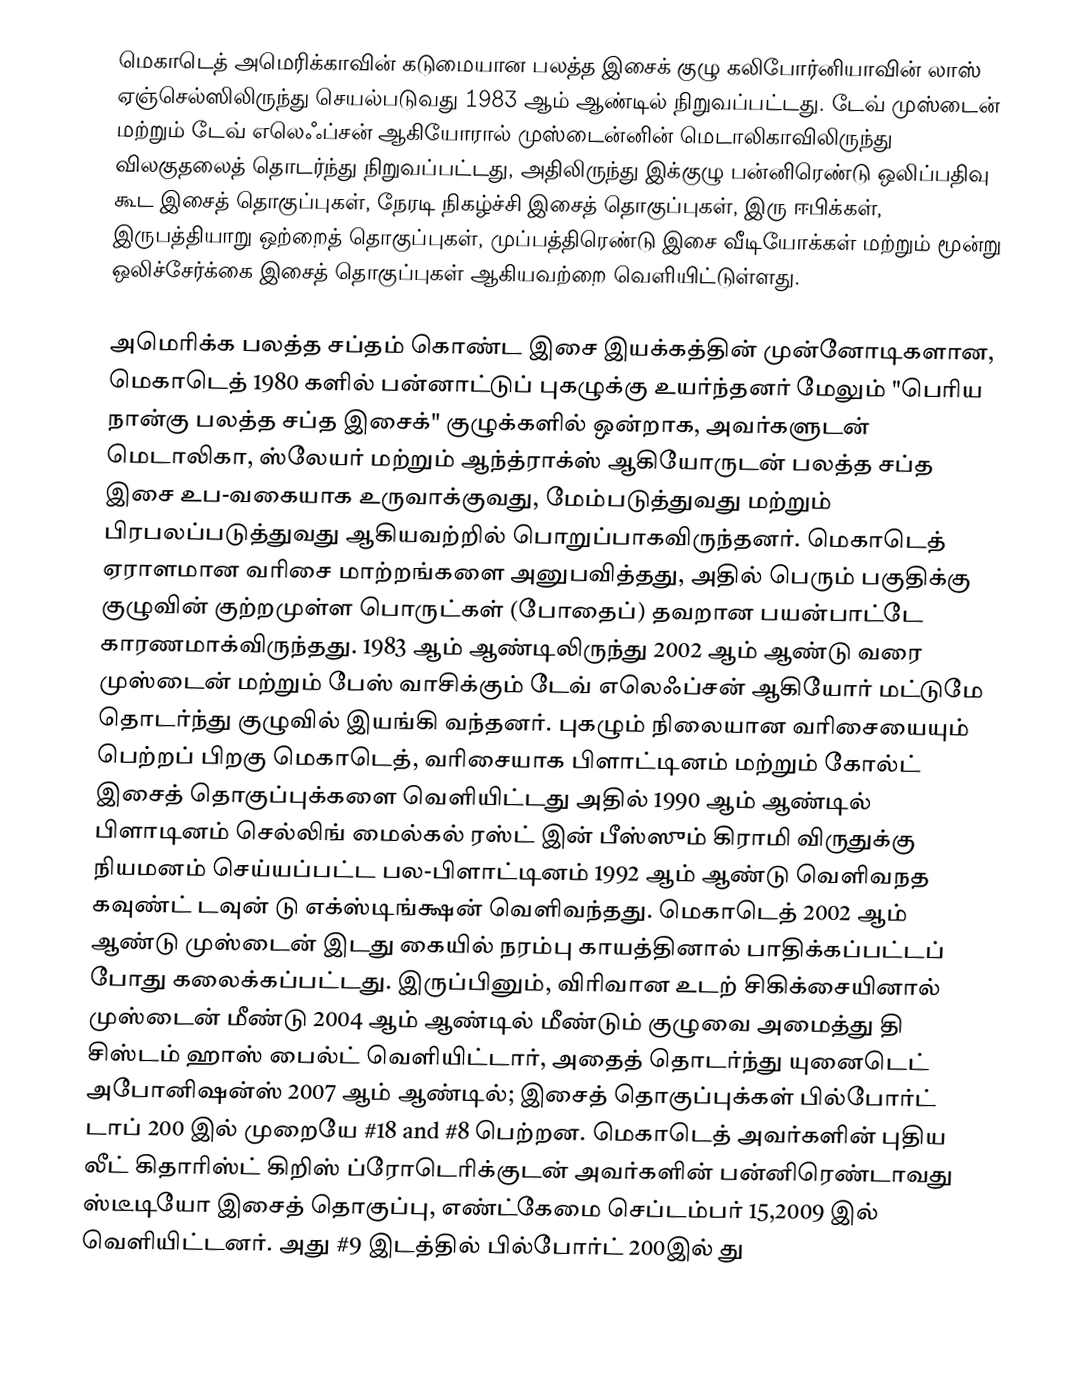
மெகாடெத் அமெரிக்காவின் கடுமையான பலத்த இசைக் குழு கலிபோர்னியாவின் லாஸ் ஏஞ்செல்ஸிலிருந்து செயல்படுவது 1983 ஆம் ஆண்டில் நிறுவப்பட்டது. டேவ் முஸ்டைன் மற்றும் டேவ் எலெஃப்சன் ஆகியோரால் முஸ்டைன்னின் மெடாலிகாவிலிருந்து விலகுதலைத் தொடர்ந்து நிறுவப்பட்டது, அதிலிருந்து இக்குழு பன்னிரெண்டு ஒலிப்பதிவு கூட இசைத் தொகுப்புகள், நேரடி நிகழ்ச்சி இசைத் தொகுப்புகள், இரு ஈபிக்கள், இருபத்தியாறு ஒற்றைத் தொகுப்புகள், முப்பத்திரெண்டு இசை வீடியோக்கள் மற்றும் மூன்று ஒலிச்சேர்க்கை இசைத் தொகுப்புகள் ஆகியவற்றை வெளியிட்டுள்ளது.

அமெரிக்க பலத்த சப்தம் கொண்ட இசை இயக்கத்தின் முன்னோடிகளான, மெகாடெத் 1980 களில் பன்னாட்டுப் புகழுக்கு உயர்ந்தனர் மேலும் "பெரிய நான்கு பலத்த சப்த இசைக்" குழுக்களில் ஒன்றாக, அவர்களுடன் மெடாலிகா, ஸ்லேயர் மற்றும் ஆந்த்ராக்ஸ் ஆகியோருடன் பலத்த சப்த இசை உப-வகையாக உருவாக்குவது, மேம்படுத்துவது மற்றும் பிரபலப்படுத்துவது ஆகியவற்றில் பொறுப்பாகவிருந்தனர். மெகாடெத் ஏராளமான வரிசை மாற்றங்களை அனுபவித்தது, அதில் பெரும் பகுதிக்கு குழுவின் குற்றமுள்ள பொருட்கள் (போதைப்) தவறான பயன்பாட்டே காரணமாக்விருந்தது. 1983 ஆம் ஆண்டிலிருந்து 2002 ஆம் ஆண்டு வரை முஸ்டைன் மற்றும் பேஸ் வாசிக்கும் டேவ் எலெஃப்சன் ஆகியோர் மட்டுமே தொடர்ந்து குழுவில் இயங்கி வந்தனர். புகழும் நிலையான வரிசையையும் பெற்றப் பிறகு மெகாடெத், வரிசையாக பிளாட்டினம் மற்றும் கோல்ட் இசைத் தொகுப்புக்களை வெளியிட்டது அதில் 1990 ஆம் ஆண்டில் பிளாடினம் செல்லிங் மைல்கல் ரஸ்ட் இன் பீஸ்ஸும்  கிராமி விருதுக்கு நியமனம் செய்யப்பட்ட பல-பிளாட்டினம் 1992 ஆம் ஆண்டு வெளிவநத கவுண்ட் டவுன் டு எக்ஸ்டிங்க்ஷன்  வெளிவந்தது. மெகாடெத் 2002 ஆம் ஆண்டு முஸ்டைன் இடது கையில் நரம்பு காயத்தினால் பாதிக்கப்பட்டப் போது கலைக்கப்பட்டது. இருப்பினும், விரிவான உடற் சிகிக்சையினால் முஸ்டைன் மீண்டு 2004 ஆம் ஆண்டில் மீண்டும் குழுவை அமைத்து தி சிஸ்டம் ஹாஸ் பைல்ட் வெளியிட்டார், அதைத் தொடர்ந்து யுனைடெட் அபோனிஷன்ஸ் 2007 ஆம் ஆண்டில்; இசைத் தொகுப்புக்கள் பில்போர்ட் டாப் 200 இல் முறையே #18 and #8 பெற்றன. மெகாடெத் அவர்களின் புதிய லீட் கிதாரிஸ்ட் கிறிஸ் ப்ரோடெரிக்குடன் அவர்களின் பன்னிரெண்டாவது ஸ்டீடியோ இசைத் தொகுப்பு, எண்ட்கேமை செப்டம்பர் 15,2009 இல் வெளியிட்டனர். அது #9 இடத்தில் பில்போர்ட் 200இல் து